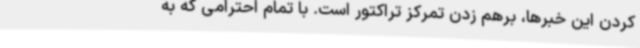
کردن این خبرها، برهم زدن تمرکز تراکتور است. با تمام احترامی که به